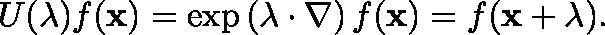
U ( \mathbf { \lambda } ) f ( \mathbf { x } ) = \exp \left( \mathbf { \lambda } \cdot \nabla \right) f ( \mathbf { x } ) = f ( \mathbf { x } + \mathbf { \lambda } ) .